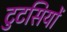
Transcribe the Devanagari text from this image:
टुटसियों